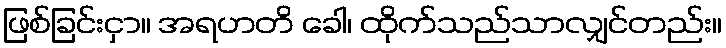
ဖြစ်ခြင်းငှာ။ အရဟတိ ခေါ၊ ထိုက်သည်သာလျှင်တည်း။